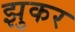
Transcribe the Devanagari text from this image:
झुकर